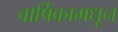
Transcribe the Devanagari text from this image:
वार्षिकामधून